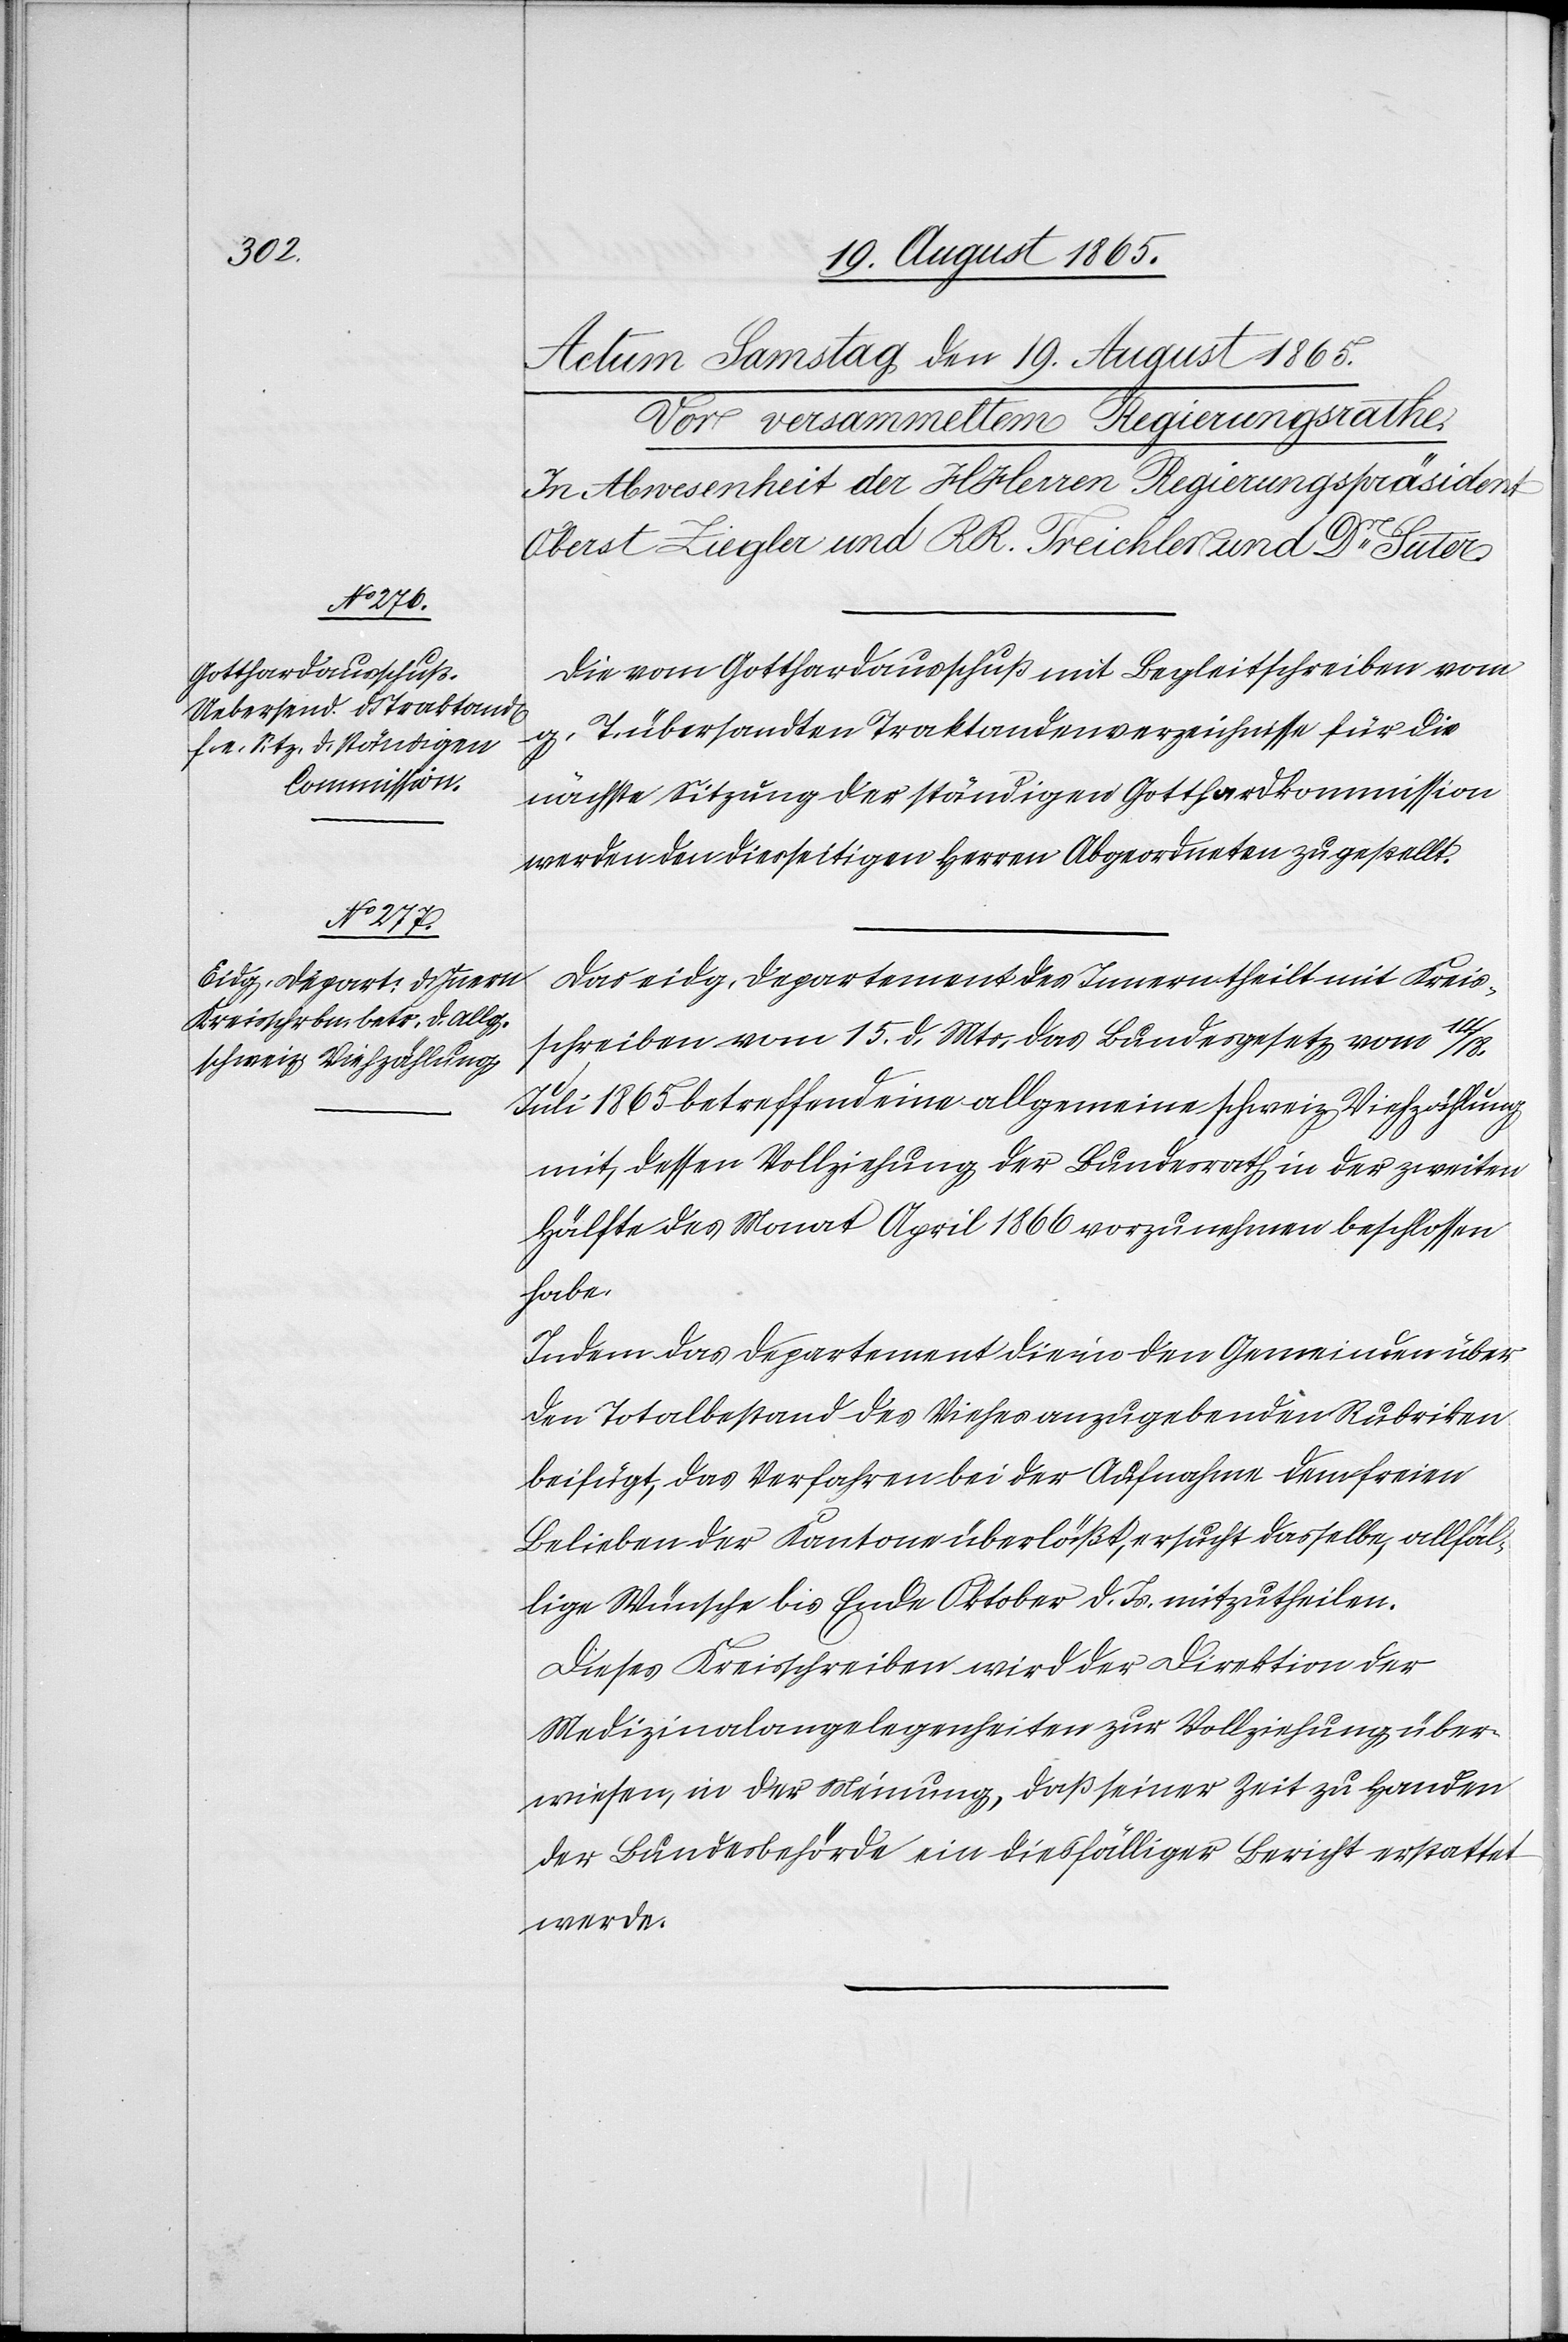
Die vom Gotthardausschuß mit Begleitschreiben vom
g. T. übersandten Traktandenverzeichnisse für die
nächste Sitzung des ständigen Gotthardkommission
werden den diesseitigen Herren Abgeordneten zugestellt.
Das eidg. Departement des Innern theilt mit Kreis¬
schreiben vom 15. d. Mts. das Bundesgesetz vom 14/18.
Juli 1865 betreffend eine allgemeine schweiz. Viehzählung
mit, dessen Vollziehung der Bundesrath in der zweiten
Hälfte des Monat April 1866 vorzunehmen beschlossen
habe.
Indem das Departement die in den Gemeinden über
den Totalbestand des Viehes anzugebenden Rubriken
beifügt, das Verfahren bei der Aufnahme dem freien
Belieben der Kantone überläßt, ersucht dasselbe, allfäl¬
lige Wünsche bis Ende Oktober d. Js. mitzutheilen.
Dieses Kreisschreiben wird der Direktion der
Medizinalangelegenheiten zur Vollziehung über¬
wiesen, in der Meinung, daß seiner Zeit zu Handen
der Bundesbehörde ein diesfälliger Bericht erstattet
werde.